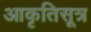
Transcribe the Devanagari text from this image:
आकृतिसूत्र